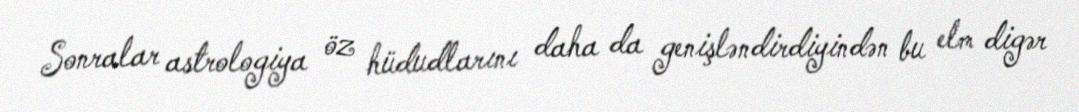
Sonralar astrologiya öz hüdudlarını daha da genişləndirdiyindən bu elm digər